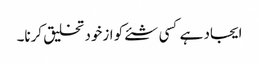
ایجاد ہے کسی شئے کو ازخود تخلیق کرنا۔